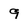
Character: 9